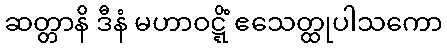
ဆတ္တာနိ ဒီနံ မဟာဝဋ္ဋိံ ဧသေတ္ထုပါသကော